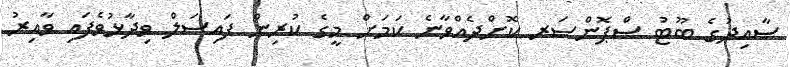
ސާއިދުގެ ބޫޓު ސްޕޮންސަރ ކޮށްދެއްވާނެ ކަމަށް މީގެ ކުރިން ފައިސަލް ވިދާޅުވެފައި ވާއިރު